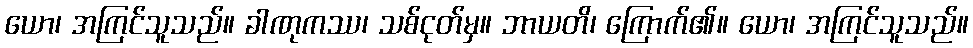
ယော၊ အကြင်သူသည်။ ခါဏုကဿ၊ သစ်ငုတ်မှ။ ဘာယတိ၊ ကြောက်၏။ ယော၊ အကြင်သူသည်။